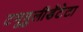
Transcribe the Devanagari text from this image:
टयूबुलीडेंटेटा